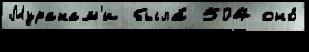
Муракам'и была́ 504 оно́